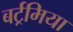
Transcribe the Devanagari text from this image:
बर्ट्रमिया